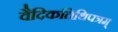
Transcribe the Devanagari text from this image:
वैदिकतिथिपत्रम्